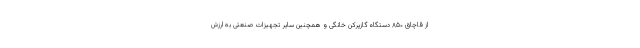
از قاچاق ۸۵۰ دستگاه گازپرکن خانگی و همچنین سایر تجهیزات صنعتی به ارزش